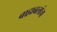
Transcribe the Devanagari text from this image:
बाह्यबलांचा